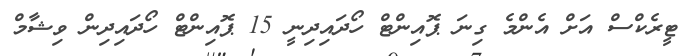
ޓީރެކްސް އަށް އެންމެ ގިނަ ޕޮއިންޓް ހޯދައިދިނީ 15 ޕޮއިންޓް ހޯދައިދިން ވިޝާމް